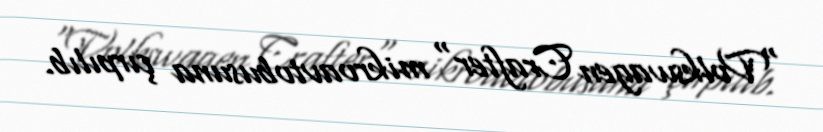
"Volkswagen Crafter" mikroavtobusuna çırpılıb.